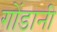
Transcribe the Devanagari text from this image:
गोंडानी